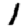
Digit: 1